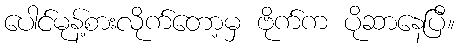
ပေါင်မုန့်စားလိုက်တော့မှ ဗိုက်က ပိုဆာနေပြီ။